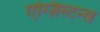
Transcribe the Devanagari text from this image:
एग्ज़िस्टन्स